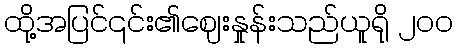
ထို့အပြင်၎င်း၏ဈေးနှုန်းသည်ယူရို ၂၀၀